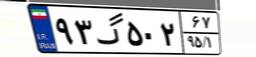
۹۳گ۵۰۲۶۷